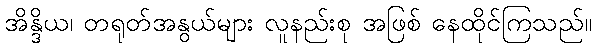
အိန္ဒိယ၊ တရုတ်အနွယ်များ လူနည်းစု အဖြစ် နေထိုင်ကြသည်။